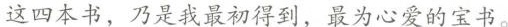
。这四本书，乃是我最初得到，最为心爱的宝书。